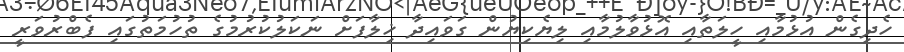
ހެދިގެން އުޅުމާއި ހީލަތާއި އޮޅުވާލުމާއި ލިޔެކިޔުން ގަވައިދާ ޚިލާފަށް ނަކަލުކުރުމުގެ ތުހުމަތުގައި ފެބްރުވަރީ